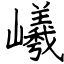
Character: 嶬